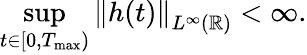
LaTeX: \displaystyle\operatorname*{sup}_{t\in[0,T_{\operatorname*{max}})}\left\| h(t)\right\| _{L^{\infty}(\mathbb R)}<\infty.